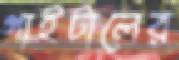
গাইটালের